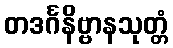
တဒင်္ဂနိဗ္ဗာနသုတ္တံ